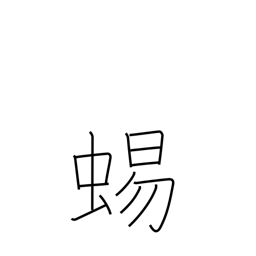
Meaning: lizard